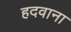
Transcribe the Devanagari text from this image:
हदवाना